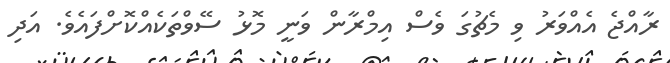
ރާއްޖެ އެއްވަރު ވި މެޗުގަ ވެސް އިމްރާން ވަނީ މޮޅު ސޭވްތަކެއްކޮށްފައެވެ. އަދި